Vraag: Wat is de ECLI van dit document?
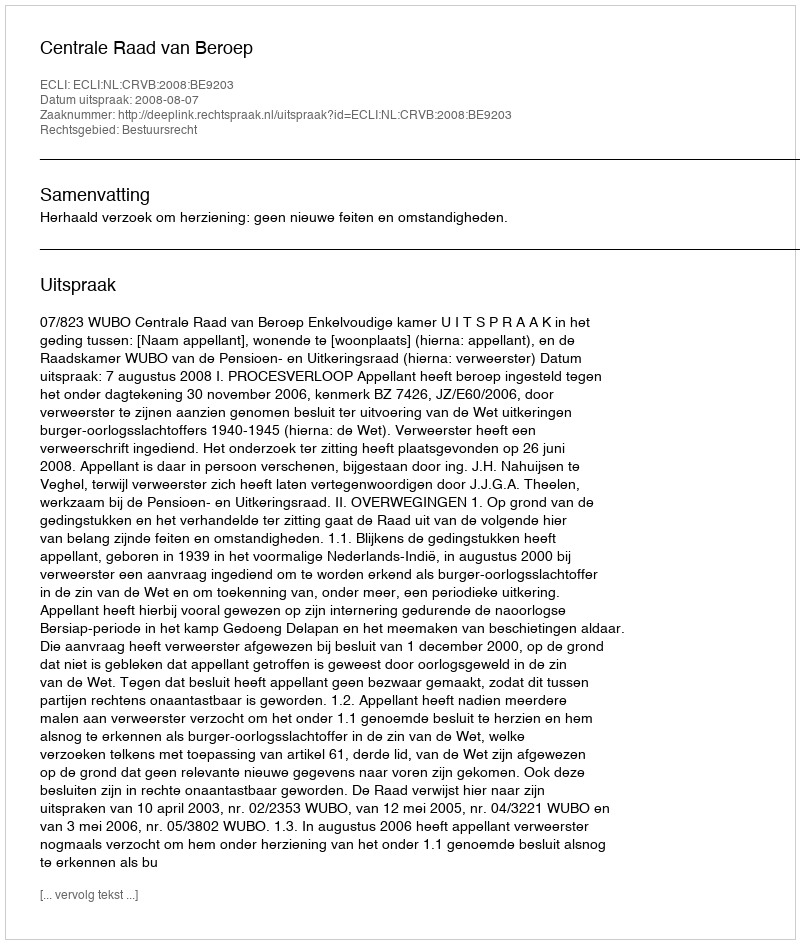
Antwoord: ECLI:NL:CRVB:2008:BE9203